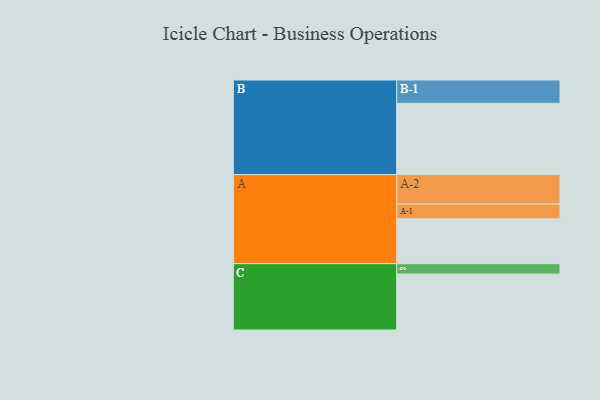
{"axis": {"x": "Segment", "y": "Value"}, "legend": ["", "A", "B", "C"], "data": [{"x": "A", "y": 331, "type": ""}, {"x": "B", "y": 525, "type": ""}, {"x": "C", "y": 412, "type": ""}, {"x": "A-1", "y": 108, "type": "A"}, {"x": "A-2", "y": 218, "type": "A"}, {"x": "B-1", "y": 172, "type": "B"}, {"x": "C-1", "y": 77, "type": "C"}]}